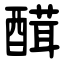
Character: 䤊